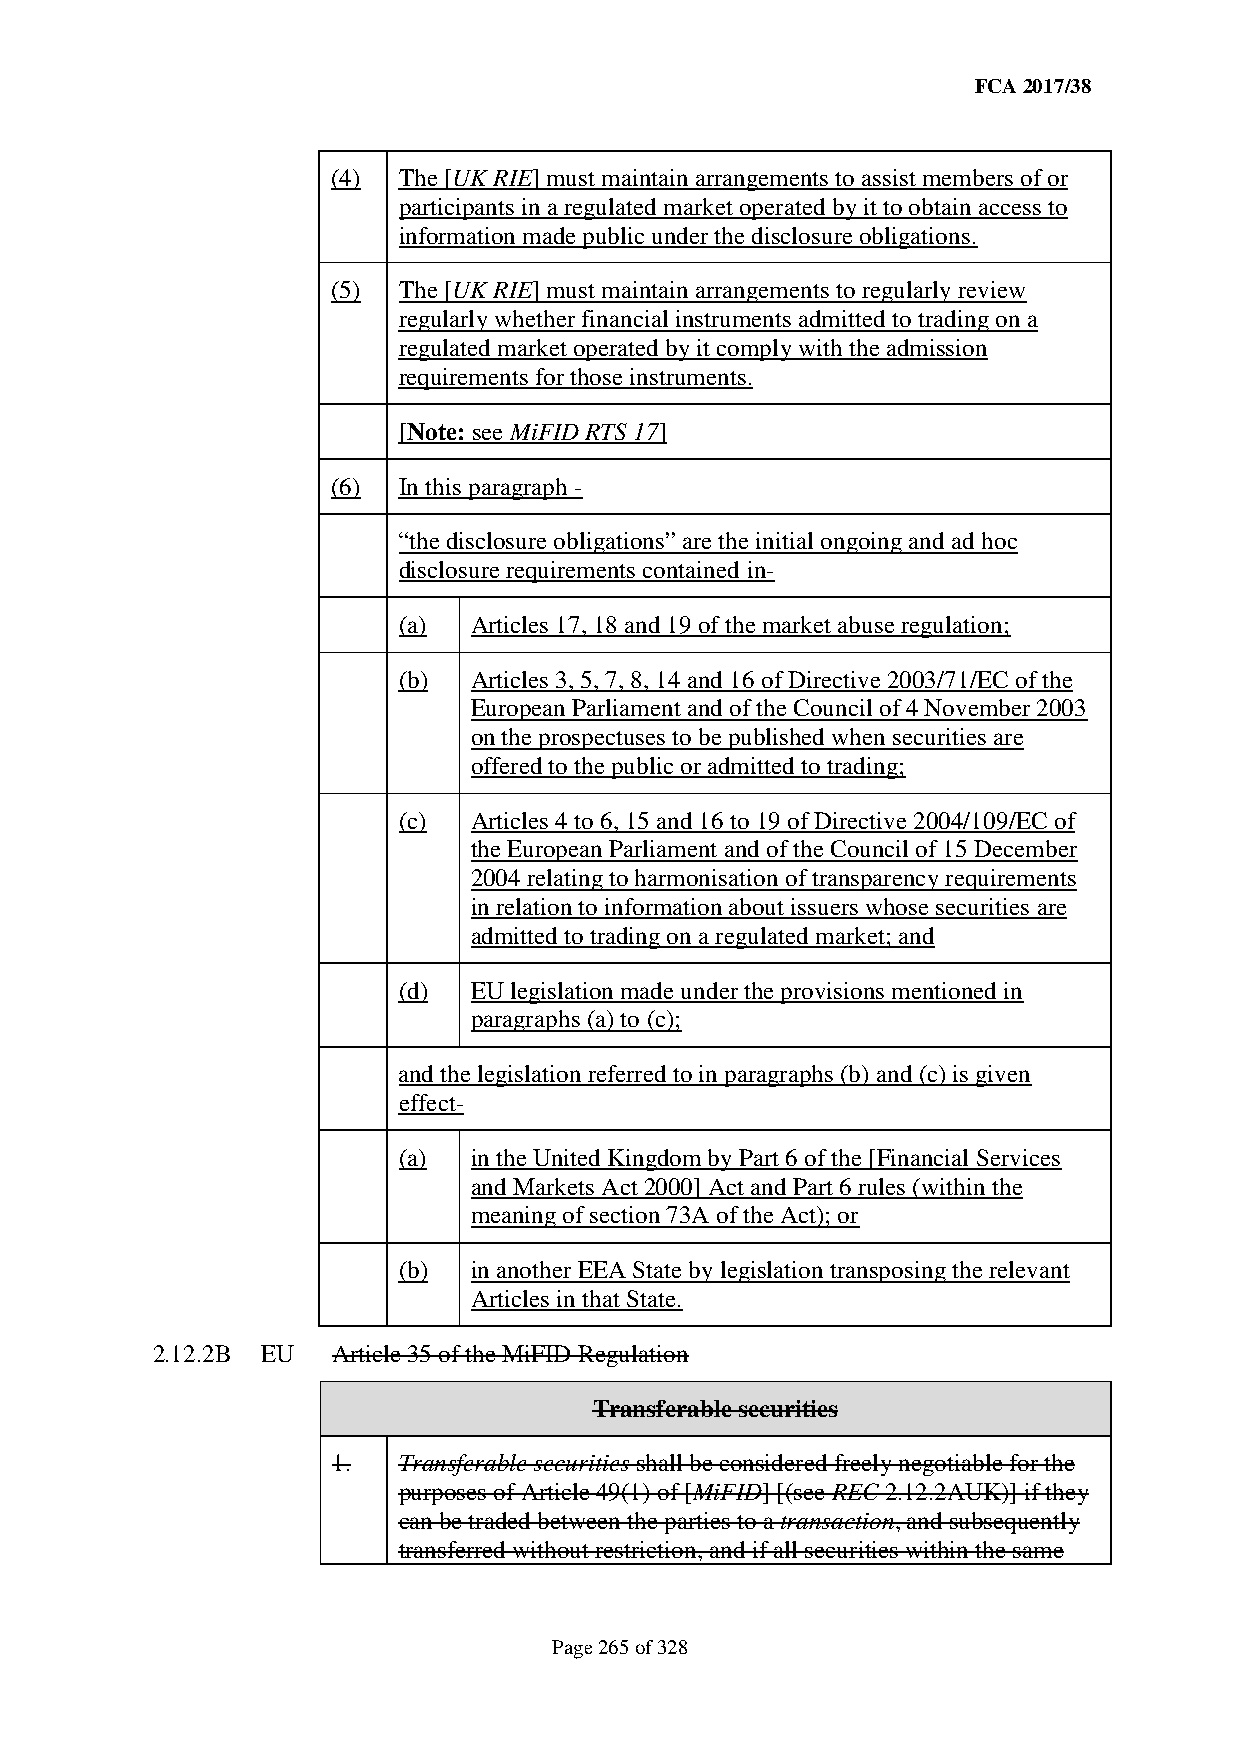
FCA 2017/38
 (4) The [UK RIE] must maintain arrangements to assist members of or
 participants in a regulated market operated by it to obtain access to
 information made public under the disclosure obligations.
 (5) The [UK RIE] must maintain arrangements to regularly review
 regularly whether financial instruments admitted to trading on a
 regulated market operated by it comply with the admission
 requirements for those instruments.
 [Note: see MiFID RTS 17]
 (6) In this paragraph -
 “the disclosure obligations” are the initial ongoing and ad hoc
 disclosure requirements contained in-
 (a)  Articles 17, 18 and 19 of the market abuse regulation;
 (b)  Articles 3, 5, 7, 8, 14 and 16 of Directive 2003/71/EC of the
 European Parliament and of the Council of 4 November 2003
 on the prospectuses to be published when securities are
 offered to the public or admitted to trading;
 (c)  Articles 4 to 6, 15 and 16 to 19 of Directive 2004/109/EC of
 the European Parliament and of the Council of 15 December
 2004 relating to harmonisation of transparency requirements
 in relation to information about issuers whose securities are
 admitted to trading on a regulated market; and
 (d)  EU legislation made under the provisions mentioned in
 paragraphs (a) to (c);
 and the legislation referred to in paragraphs (b) and (c) is given
 effect-
 (a)  in the United Kingdom by Part 6 of the [Financial Services
 and Markets Act 2000] Act and Part 6 rules (within the
 meaning of section 73A of the Act); or
 (b)  in another EEA State by legislation transposing the relevant
 Articles in that State.
 2.12.2B EU  Article 35 of the MiFID Regulation
 Transferable securities
 1.  Transferable securities shall be considered freely negotiable for the
 purposes of Article 49(1) of [MiFID] [(see REC 2.12.2AUK)] if they
 can be traded between the parties to a transaction, and subsequently
 transferred without restriction, and if all securities within the same
 Page 265 of 328